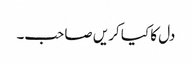
دل کا کیا کریں صاحب۔